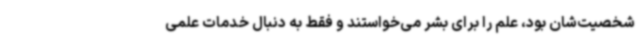
شخصیت‌شان بود، علم را برای بشر می‌خواستند و فقط به دنبال خدمات علمی